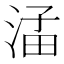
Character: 𪶖